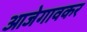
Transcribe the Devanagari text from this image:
आजेगावकर